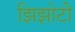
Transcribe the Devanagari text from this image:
झिझोटी